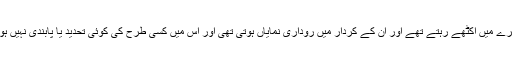
وہ معاشرے میں اکٹھے رہتے تھے اور ان کے کردار میں روداری نمایاں ہوتی تھی اور اس میں کسی طرح کی کوئی تحدید یا پابندی نہیں ہوتی تھی۔